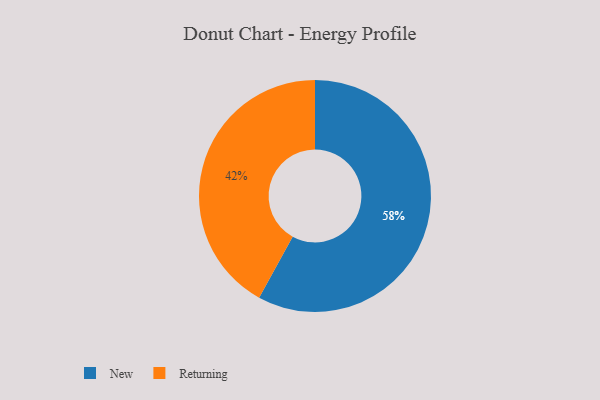
{"axis": {"x": "Category", "y": "Percentage"}, "legend": ["New", "Returning"], "data": [{"x": "New", "y": 58, "type": "New"}, {"x": "Returning", "y": 42, "type": "Returning"}]}